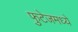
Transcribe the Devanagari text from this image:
फुटेजमध्ये